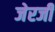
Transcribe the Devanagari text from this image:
जेरजी